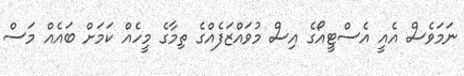
ނަމަވެސް އެއީ އެސްޓީއޯގެ އިސް މުވައްޒަފެއްގެ ތިމާގެ މީހެއް ކަމަށް ބައެއް މަސް